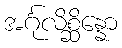
အင်္ဂုလိစ္ဆိန္နော